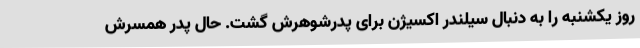
روز یکشنبه را به دنبال سیلندر اکسیژن برای پدرشوهرش گشت. حال پدر همسرش